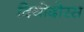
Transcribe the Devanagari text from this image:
दियोदोरस